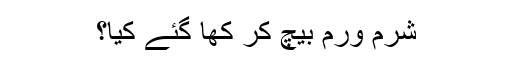
شرم ورم بیچ کر کھا گئے کیا؟